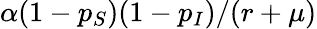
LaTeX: \alpha(1-p_{S})(1-p_{I})/(r+\mu)